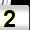
Digit: 2